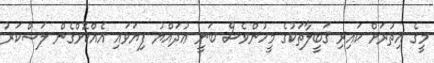
މީގެ އިތުރަށް ކައިރި ޤަބީލާތަކުގެ މީހުންވެސް ބަނީ ޢުދައްޔު ފިޔަވައި އެއްކޮށްގެން ލަޝްކަރު